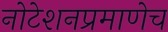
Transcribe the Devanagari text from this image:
नोटेशनप्रमाणेच